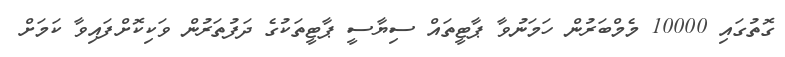
ގޮތުގައި 10000 މެމްބަރުން ހަމަނުވާ ޕާޓީތައް ސިޔާސީ ޕާޓީތަކުގެ ދަފުތަރުން ވަކިކޮށްފައިވާ ކަމަށް